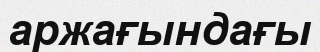
аржағындағы